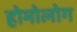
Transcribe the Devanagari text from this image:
होमोलोग